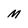
Character: M